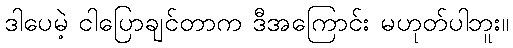
ဒါပေမဲ့ ငါပြောချင်တာက ဒီအကြောင်း မဟုတ်ပါဘူး။